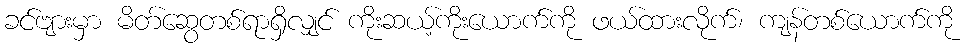
ခင်ဗျားမှာ မိတ်ဆွေတစ်ရာရှိလျှင် ကိုးဆယ့်ကိုးယောက်ကို ဖယ်ထားလိုက်၊ ကျန်တစ်ယောက်ကို